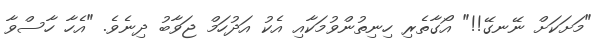
"މަށަކަށް ނޭނގޭ!!" އޯގާތެރި ހިނިތުންވުމަކާއި އެކު އަދުހަމް ޖަވާބު ދިނެވެ. "އެހާ ހާސްވާ